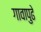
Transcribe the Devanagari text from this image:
गावापुढे